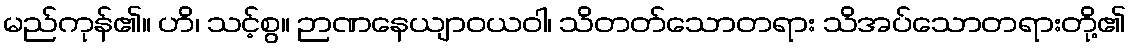
မည်ကုန်၏။ ဟိ၊ သင့်စွ။ ဉာဏနေယျာဝယဝါ၊ သိတတ်သောတရား သိအပ်သောတရားတို့၏